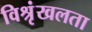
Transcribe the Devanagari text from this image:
विश्रृंखलता